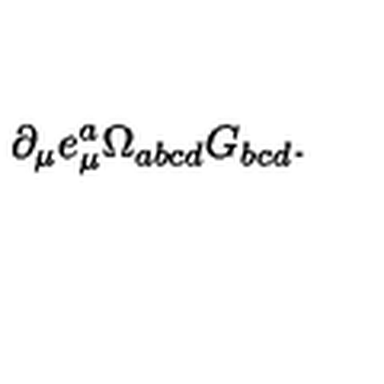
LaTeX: \partial _ { \mu } e _ { \mu } ^ { a } \Omega _ { a b c d } G _ { b c d } .